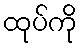
ထုပ်ကို